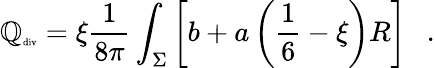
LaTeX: {\mathbb{Q}}_{\tiny\mathrm{{div}}}=\xi{\frac{{1}}{{8\pi}}}\int_{\Sigma}\left[b+a\left(\frac{1}{6}-\xi\right)R\right]~~~.